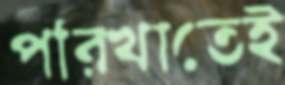
পরিখাতেই